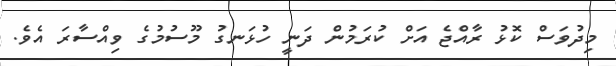
މިދުވަސް ކޮޅު ރާއްޖެ އަށް ކުރަމުން ދަނީ ހުޅަނގު މޫސުމުގެ ވިއްސާރަ އެވެ.